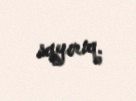
sayırıq.